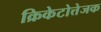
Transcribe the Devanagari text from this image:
क्रिकेटोत्तेजक